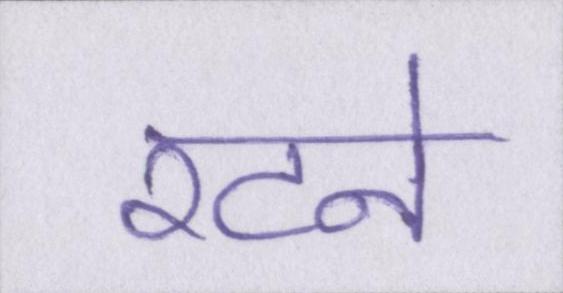
रटने